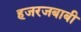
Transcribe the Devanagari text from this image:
हजरजबाबी